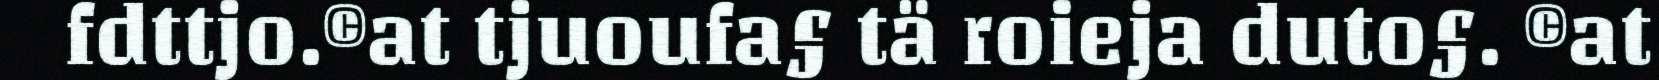
fdttjo.©at tjuoufa§ tä roieja duto§. ©at